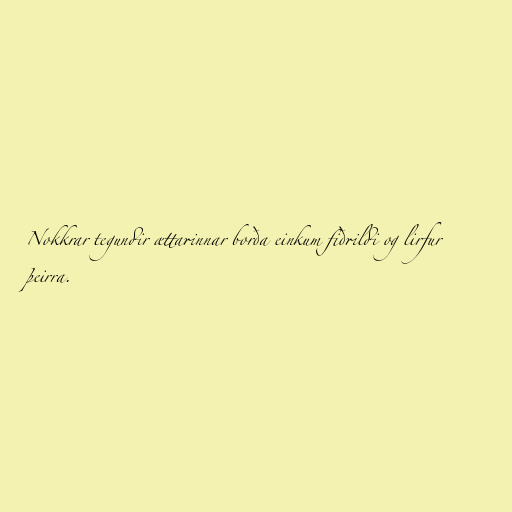
Nokkrar tegundir ættarinnar borða einkum fiðrildi og lirfur
þeirra.